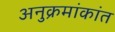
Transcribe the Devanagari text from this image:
अनुक्रमांकांत